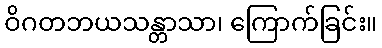
ဝိဂတဘယသန္တာသာ၊ ကြောက်ခြင်း။